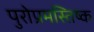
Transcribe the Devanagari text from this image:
पुरोप्रमस्तिष्क